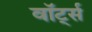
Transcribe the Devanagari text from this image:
वॉर्ट्स